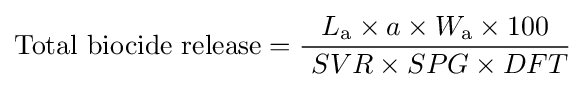
{\text{Total biocide release}}={L_{\text{a}}\times a\times W_{\text{a}}\times 100 \over \ SVR\times SPG\times DFT}